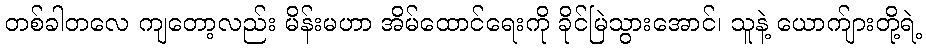
တစ်ခါတလေ ကျတော့လည်း မိန်းမဟာ အိမ်ထောင်ရေးကို ခိုင်မြဲသွားအောင်၊ သူနဲ့ ယောက်ျားတို့ရဲ့